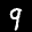
Label: 9